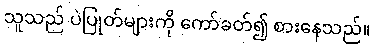
သူသည် ပဲပြုတ်များကို ကော်ခတ်၍ စားနေသည်။